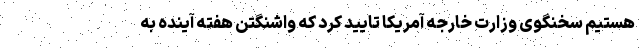
هستیم سخنگوی وزارت خارجه آمریکا تایید کرد که واشنگتن هفته آینده به